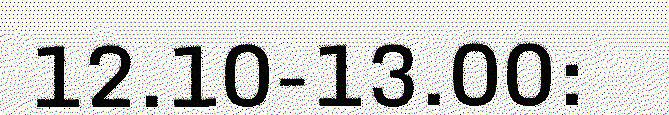
12.10-13.00: